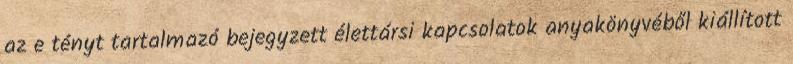
az e tényt tartalmazó bejegyzett élettársi kapcsolatok anyakönyvéből kiállított